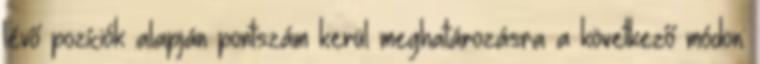
lévő pozíciók alapján pontszám kerül meghatározásra a következő módon: